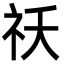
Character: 祅